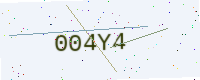
Text: 004Y4